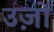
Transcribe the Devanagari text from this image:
उज़ो